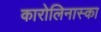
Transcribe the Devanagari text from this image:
कारोलिनास्का